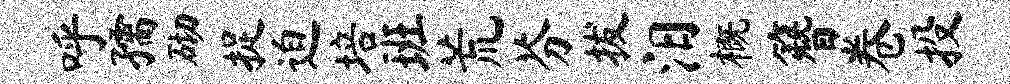
呼孺砌捉迫培班荒芬拔汨概簪卷投